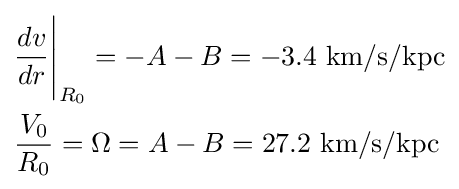
{\begin{aligned}&{\frac {dv}{dr}}{\Bigg \vert }_{R_{0}}=-A-B=-3.4{\text{ km/s/kpc}}\\&{\frac {V_{0}}{R_{0}}}=\Omega =A-B=27.2{\text{ km/s/kpc}}\\\end{aligned}}